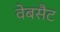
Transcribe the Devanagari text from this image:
वेबसैट